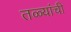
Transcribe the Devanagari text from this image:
तळ्यांची